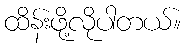
ထိန်းဖို့လိုပါတယ်။